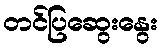
တင်ပြဆွေးနွေး